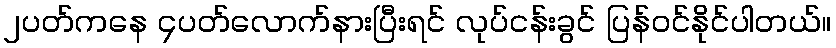
၂ပတ်ကနေ ၄ပတ်လောက်နားပြီးရင် လုပ်ငန်းခွင် ပြန်ဝင်နိုင်ပါတယ်။